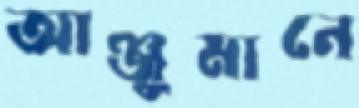
আঞ্জুমানে